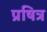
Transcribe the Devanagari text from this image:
प्रषित्र